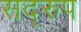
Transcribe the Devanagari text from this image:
सद्‌रुप